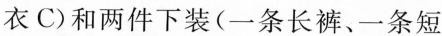
衣C)和两件下装(一条长裤、一条短